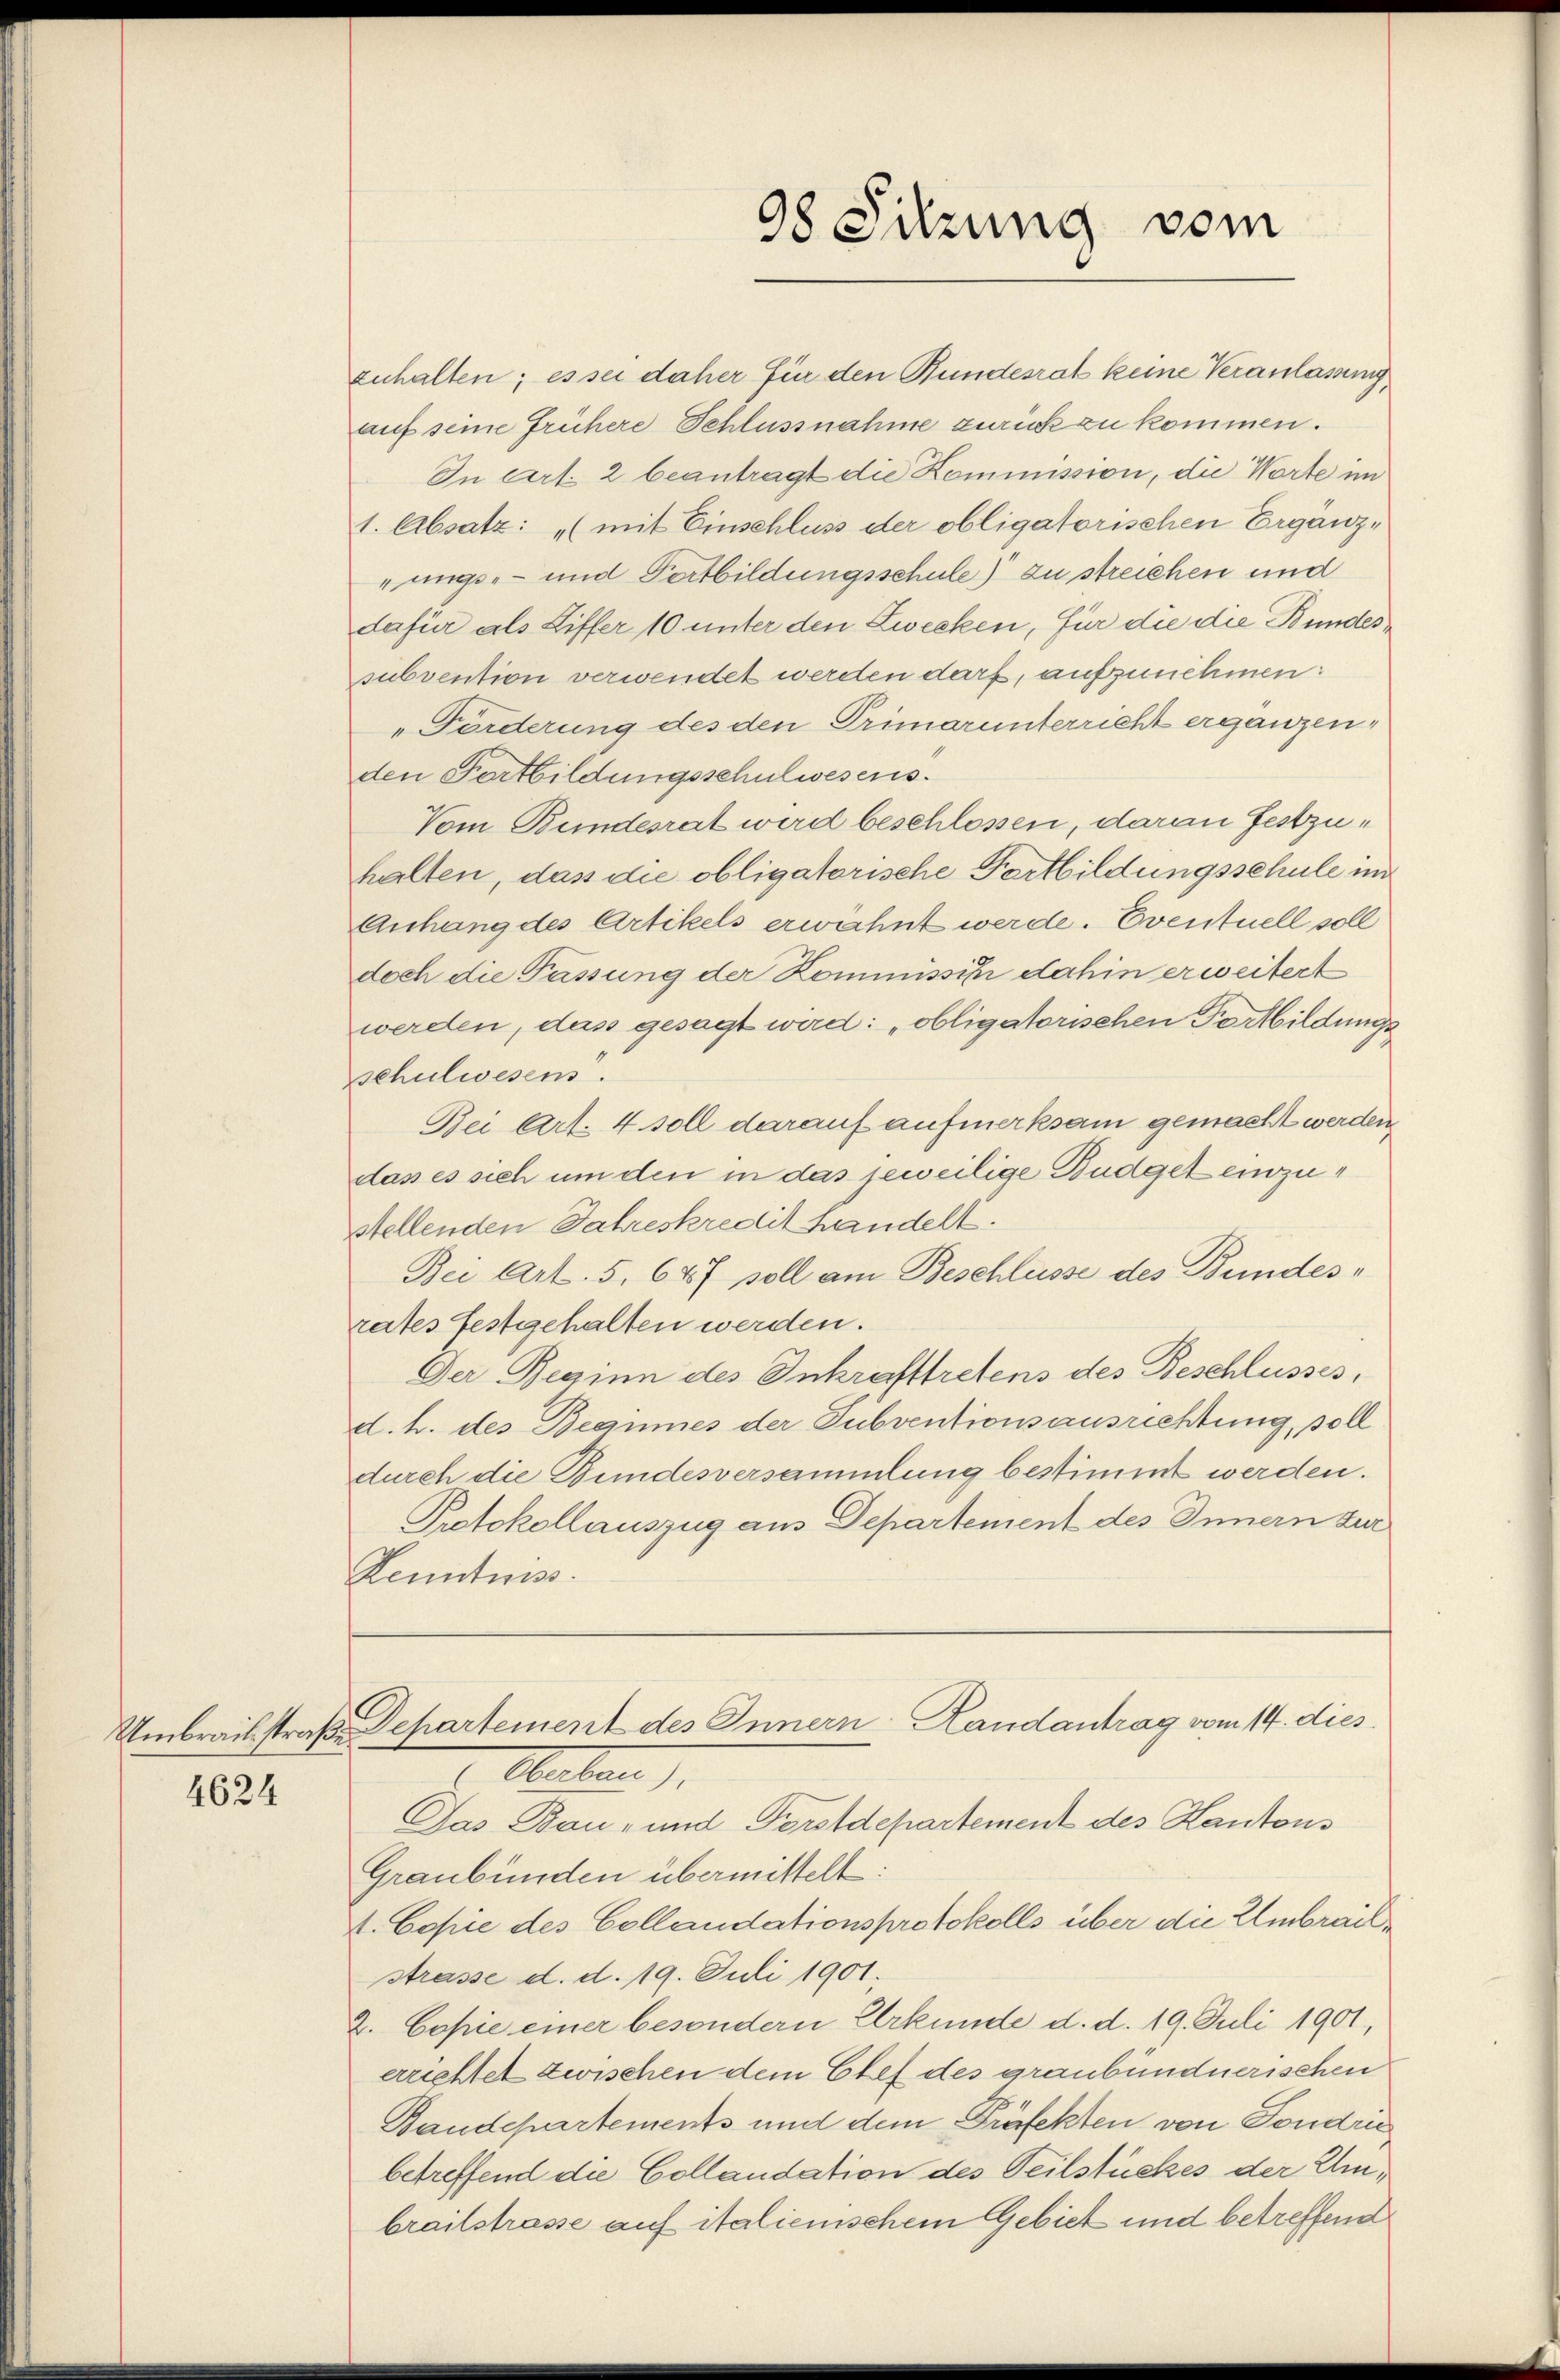
4624

98 Sitzung vom

zuhalten; es sei daher für den Bundesrat keine Veranlassung
auf seine frühere Schlussnahme zurück zu kommen.
In cart. 2 beantragt die Kommission, die Worte im
1. Absatz: „mit Einschluss der obligatorischen Ergänzrungs- und Fortbildungsschule) zu streichen und
dafür als Liffer 10 unter den Zwecken, für die die Bundessubvention verwendet werden darf, aufzunehmen:
„Förderung des den Primarunterricht ergänzen,
den Fortbildungsschulwesens.
Vom Bundesrat wird beschlossen, daran festzuhalten, das die obligatorische Fortbildungsschule im
Anhang des Artikels erwähnt werde. Eventuell soll
doch die Passung der Kommissin dahin erweitert
werden, das gesagt wird: „obligatorischen Fortbildungs
schulwesens.
Bei Art. 4 soll darauf aufmerksam gemacht werden,
das es sich um den in das jeweilige Budget einzustellenden Jahreskredit handelt.
Bei Art. 5, 647 soll am Beschlüsse des Bundesrates festgehalten werden.
Der Beginn des Inkrafttretens des Beschlusses,
d. h. des Beaumes der Subventionsausrichtung, soll
durch die Bundesversammlung bestimmt werden.
Protokollauszug aus Departement des Innern zur
Kenntniss
Umbrachstraß Departement des Innern Landantrag vom 14. dies
Abarten).
Das Bau- und Forstdepartement des Kantons
Graubünden übermittelt.
A. Copie des Collaudationsprotokolls über die Umbrächstrasse d. d. 19. Juli 1901.
2. Copie einer besondern Urkunde d. d. 19. Juli 1901,
errichtet zwischen dem Chef des graubündnerischen
Baudepartements und dem Präfekten von Fondru
betreffend die Collaudation des Teilstückes der Umbrailstrasse auf italienischem Gebiet und betreffend